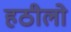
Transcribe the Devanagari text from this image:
हठीलो